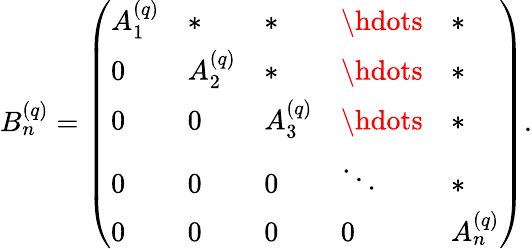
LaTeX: B_{n}^{(q)}=\left(\begin{array}{lllll}{A_{1}^{(q)}}&{*}&{*}&{\hdots}&{*}\\ {0}&{A_{2}^{(q)}}&{*}&{\hdots}&{*}\\ {0}&{0}&{A_{3}^{(q)}}&{\hdots}&{*}\\ {0}&{0}&{0}&{\ddots}&{*}\\ {0}&{0}&{0}&{0}&{A_{n}^{(q)}}\end{array}\right).